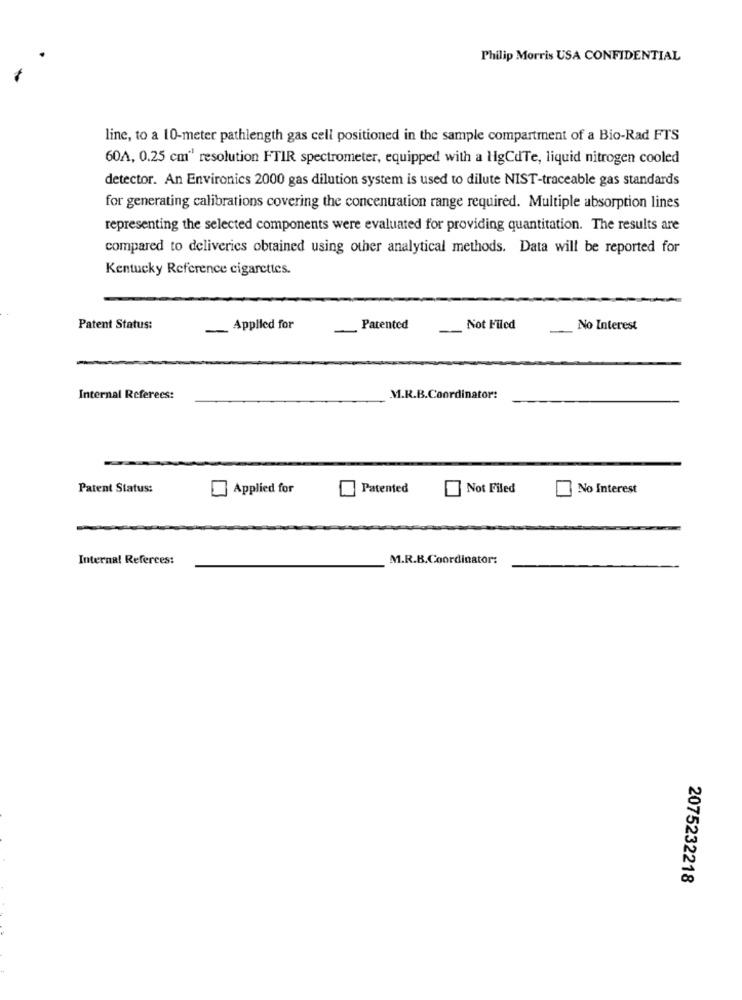
Philip Morris USA CONFIDENTIAL
line, to a 10-meter pathlength gas cell positioned in the sample compartment of a Bio-Rad FTS
60A, 0.25 cm" resolution FTIR spectrometer, equipped with a ligCdTe, liquid nitrogen cooled
detector. An Environics 2000 gas dilution system is used to dilute NIST-traceable gas standards
for generating calibrations covering the concentration range required. Multiple absorption lines
representing the selected components were evaluated for providing quantitation. The results are
compared to deliveries obtained using other analytical methods. Data will be reported for
Kentucky Reference cigarettes.
Patent Status:
-
Applied for
Patented
Not Filed
No Interest
Internal Referees:
M.R.B.Coordinator:
Patent Status:
Applied for
Patented
Not Filed
No Interest
Internal Referees:
M.R.B.Coordinator:
2075232218